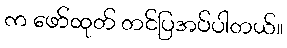
က ဖော်ထုတ် တင်ပြအပ်ပါတယ်။